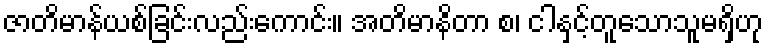
ဇာတိမာန်ယစ်ခြင်းလည်းကောင်း။ အတိမာနိတာ စ၊ ငါနှင့်တူသောသူမရှိဟု